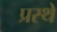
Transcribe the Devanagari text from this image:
प्रस्थे